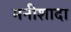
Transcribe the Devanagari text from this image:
मनीशादा